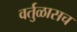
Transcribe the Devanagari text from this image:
वर्तुळासच